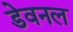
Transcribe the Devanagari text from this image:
डेवनल